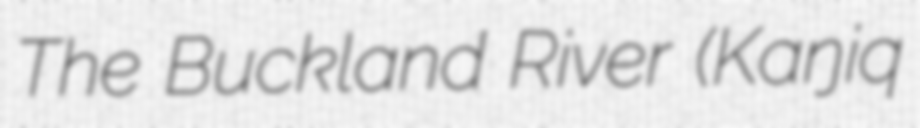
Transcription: The Buckland River (Kaŋiq